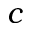
c